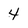
Character: 4